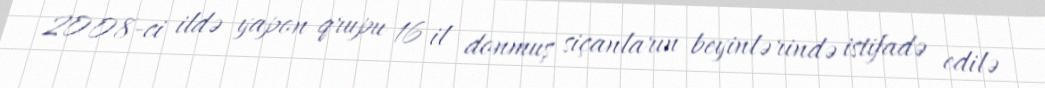
2008-ci ildə yapon qrupu 16 il donmuş siçanların beyinlərində istifadə edilə